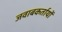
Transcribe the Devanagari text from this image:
जवाबकर्तायों